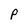
Character: P